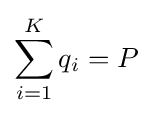
\sum _{i=1}^{K}q_{i}=P